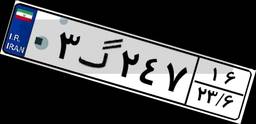
۰۳گ۲۴۷۱۶